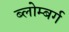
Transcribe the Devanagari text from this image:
ब्लोम्बर्ग